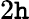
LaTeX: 2\mathtt{h}